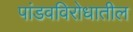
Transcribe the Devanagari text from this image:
पांडवविरोधातील